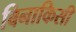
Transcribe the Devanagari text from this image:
बिनाकिसी